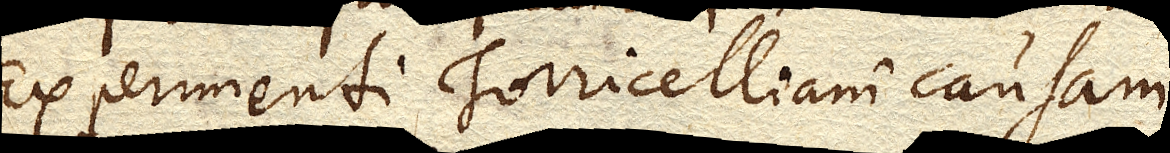
Experimenti Torricelliani causam.